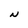
Character: N